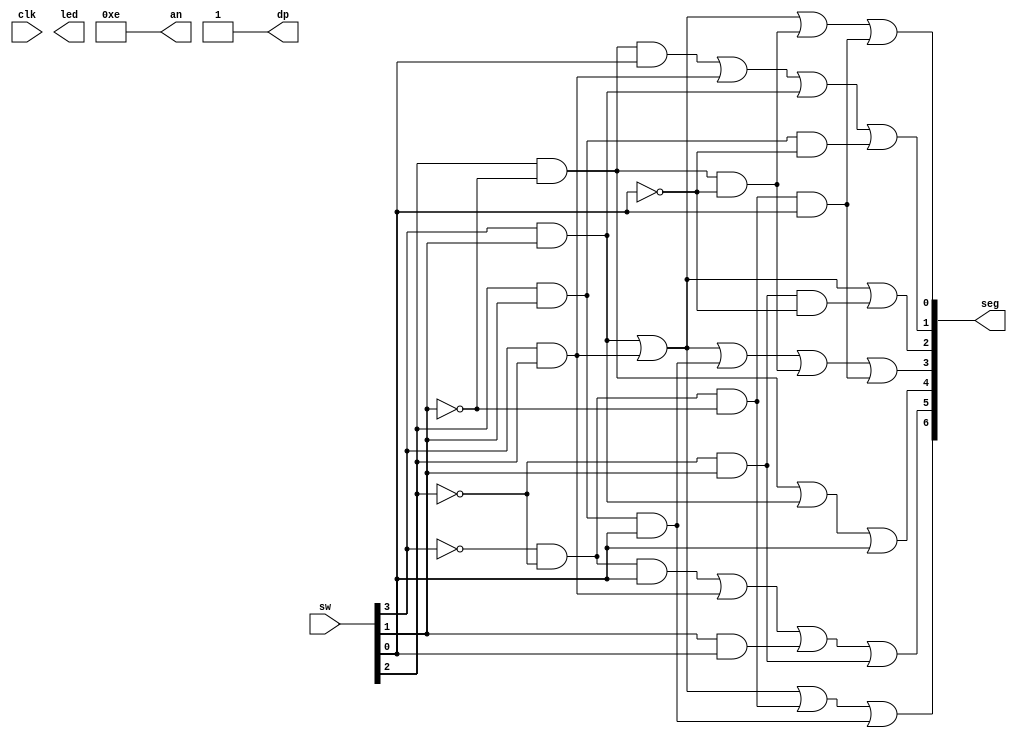
module LAB6_1(
    input clk,
 input [15:0] sw, 
   // LED Outputs
     output [15:0] led,
// Seven Segment Display Outputs
     output  [6:0] seg,   // Contents of output
     output [3:0] an,    //  Output Position, 1=Off. 0= On.
     output dp          // Dot point.
    
 );
//Untouch
wire [3:0] an;
wire [6:0] seg;
wire dp;

assign dp=1'b1;
assign an=4'b1110;
//Untouch

//please design 7-segment decoder here

wire A,B,C,D;
assign A=sw[3];
assign B=sw[2];
assign C=sw[1];
assign D=sw[0];


assign seg[0]=(A&C)|(A&B)|(B&~C&~D)|(~A&~B&~C&D);
assign seg[1]=(B&~C&D)|(A&B)|(A&C)|(B&C&~D);
assign seg[2]=(A&B)|(A&C)|(~B&C&~D);
assign seg[3]=(A&B)|(A&C)|(B&C&D)|(B&~C&~D)|(~A&~B&~C&D);
assign seg[4]=(B&~C)|(A&C)|(D);
assign seg[5]=(~A&~B&D)|(A&B)|(C&D)|(~B&C);
assign seg[6]=(A&B)|(A&C)|(~A&~B&~C)|(B&C&D);




endmodule